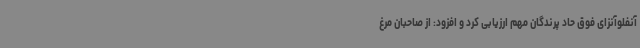
آنفلوآنزای فوق حاد پرندگان مهم ارزیابی کرد و افزود: از صاحبان مرغ